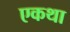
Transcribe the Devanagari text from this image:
एकथा